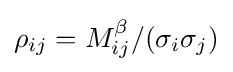
\rho _{ij}=M_{ij}^{\beta }/(\sigma _{i}\sigma _{j})